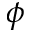
\phi